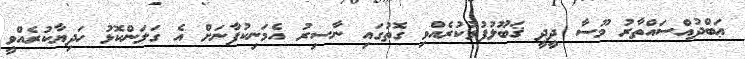
ޢަބްދުއްސައްތާރު މޫސާ ދީދީ ޤަބޫލުފުޅުކުރެއްވި ގޮތުގައި ނާސިރު އެމަނިކުފާނަށް އެ ގަލަންކޮޅު ހަދިޔާކުރެއްވީ